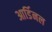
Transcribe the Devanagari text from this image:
आर्डिनल